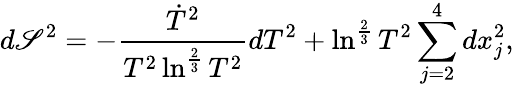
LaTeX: d\mathscr{S}^{2}=-\frac{{\dot{{T}}^{2}}}{{T^{2}\ln^{\frac{{2}}{{3}}}T^{2}}}dT^{2}+\ln^{\frac{{2}}{{3}}}T^{2}\sum_{j=2}^{4}dx_{j}^{2},